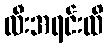
လီးအရင်းထိ